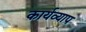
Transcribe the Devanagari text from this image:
कार्यव्याप